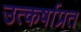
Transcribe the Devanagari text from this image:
उत्कर्षाप्रत